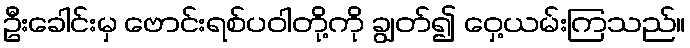
ဦးခေါင်းမှ ဗောင်းရစ်ပဝါတို့ကို ချွတ်၍ ဝှေ့ယမ်းကြသည်။